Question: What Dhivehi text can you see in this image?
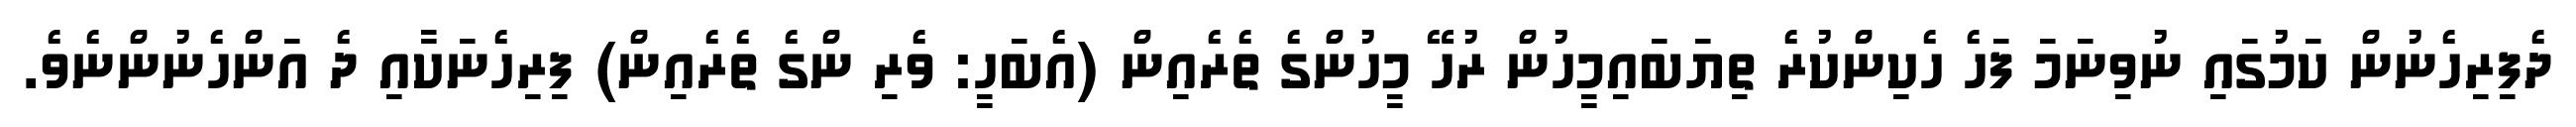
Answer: ދެފިރިހެނުން ކަމުގައި ނުވިނަމަ ފަހެ ހެކިންކުރެ ތިޔަބައިމީހުން ރުހޭ މީހުންގެ ތެރެއިން (އެބަހީ: ވެރި ންގެ ތެރެއިން) ފިރިހެނަކާއި ދެ އަންހެނުންނެވެ.